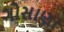
ગોસાણા